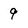
Character: 9